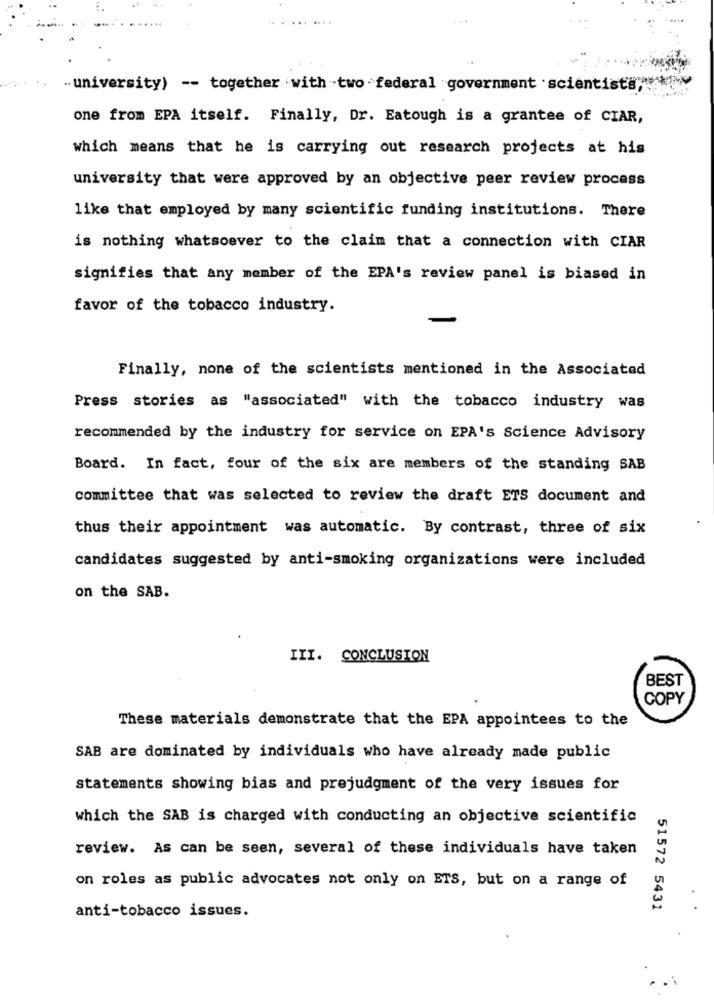
university) -- together with two federal government .scientists""
one from EPA itself. Finally, Dr. Eatough is a grantee of CIAR,
which means that he is carrying out research projects at his
university that were approved by an objective peer review process
like that employed by many scientific funding institutions. There
is nothing whatsoever to the claim that a connection with CIAR
signifies that any member of the EPA's review panel is biased in
favor of the tobacco industry.
Finally, none of the scientists mentioned in the Associated
Press stories as "associated" with the tobacco industry was
recommended by the industry for service on EPA's Science Advisory
Board. In fact, four of the six are members of the standing SAB
committee that was selected to review the draft ETS document and
thus their appointment was automatic. By contrast, three of six
candidates suggested by anti-smoking organizations were included
on the SAB.
III. CONCLUSION
BEST
COPY
These materials demonstrate that the EPA appointees to the
SAB are dominated by individuals who have already made public
statements showing bias and prejudgment of the very issues for
which the SAB is charged with conducting an objective scientific
review. As can be seen, several of these individuals have taken
on roles as public advocates not only on ETS, but on a range of
anti-tobacco issues.
51572 5431